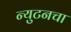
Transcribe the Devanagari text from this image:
न्युटनचा